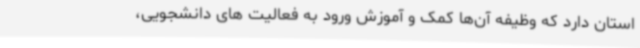
استان دارد که وظیفه آن‌ها کمک و آموزش ورود به فعالیت های دانشجویی،